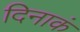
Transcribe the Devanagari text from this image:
दिनाकं